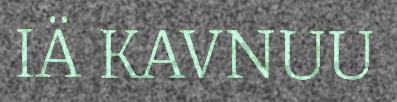
IÄ KAVNUU